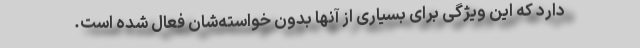
دارد که این ویژگی برای بسیاری از آنها بدون خواسته‌شان فعال شده است.